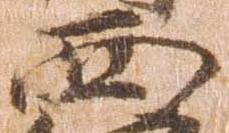
西